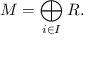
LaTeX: M = \bigoplus _ { i \in I } R .